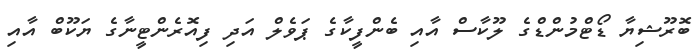
ބޮރޫޝިޔާ ޑޯޓްމުންޑްގެ ލޫކާސް އާއި ބެންފީކާގެ ޕަވެލް އަދި ފިއޮރެންޓީނާގެ ޔަކޫބް އާއި